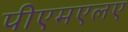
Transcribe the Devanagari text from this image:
पीएमएलए